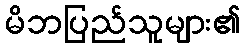
မိဘပြည်သူများ၏